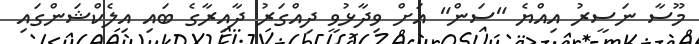
މޫސާ ނަސީރު އިއްޔެ "ސަން" އަށް ވިދާޅުވީ ދިއްގަރު ދާއިރާގެ ބައި އިލެކްޝަންގައި